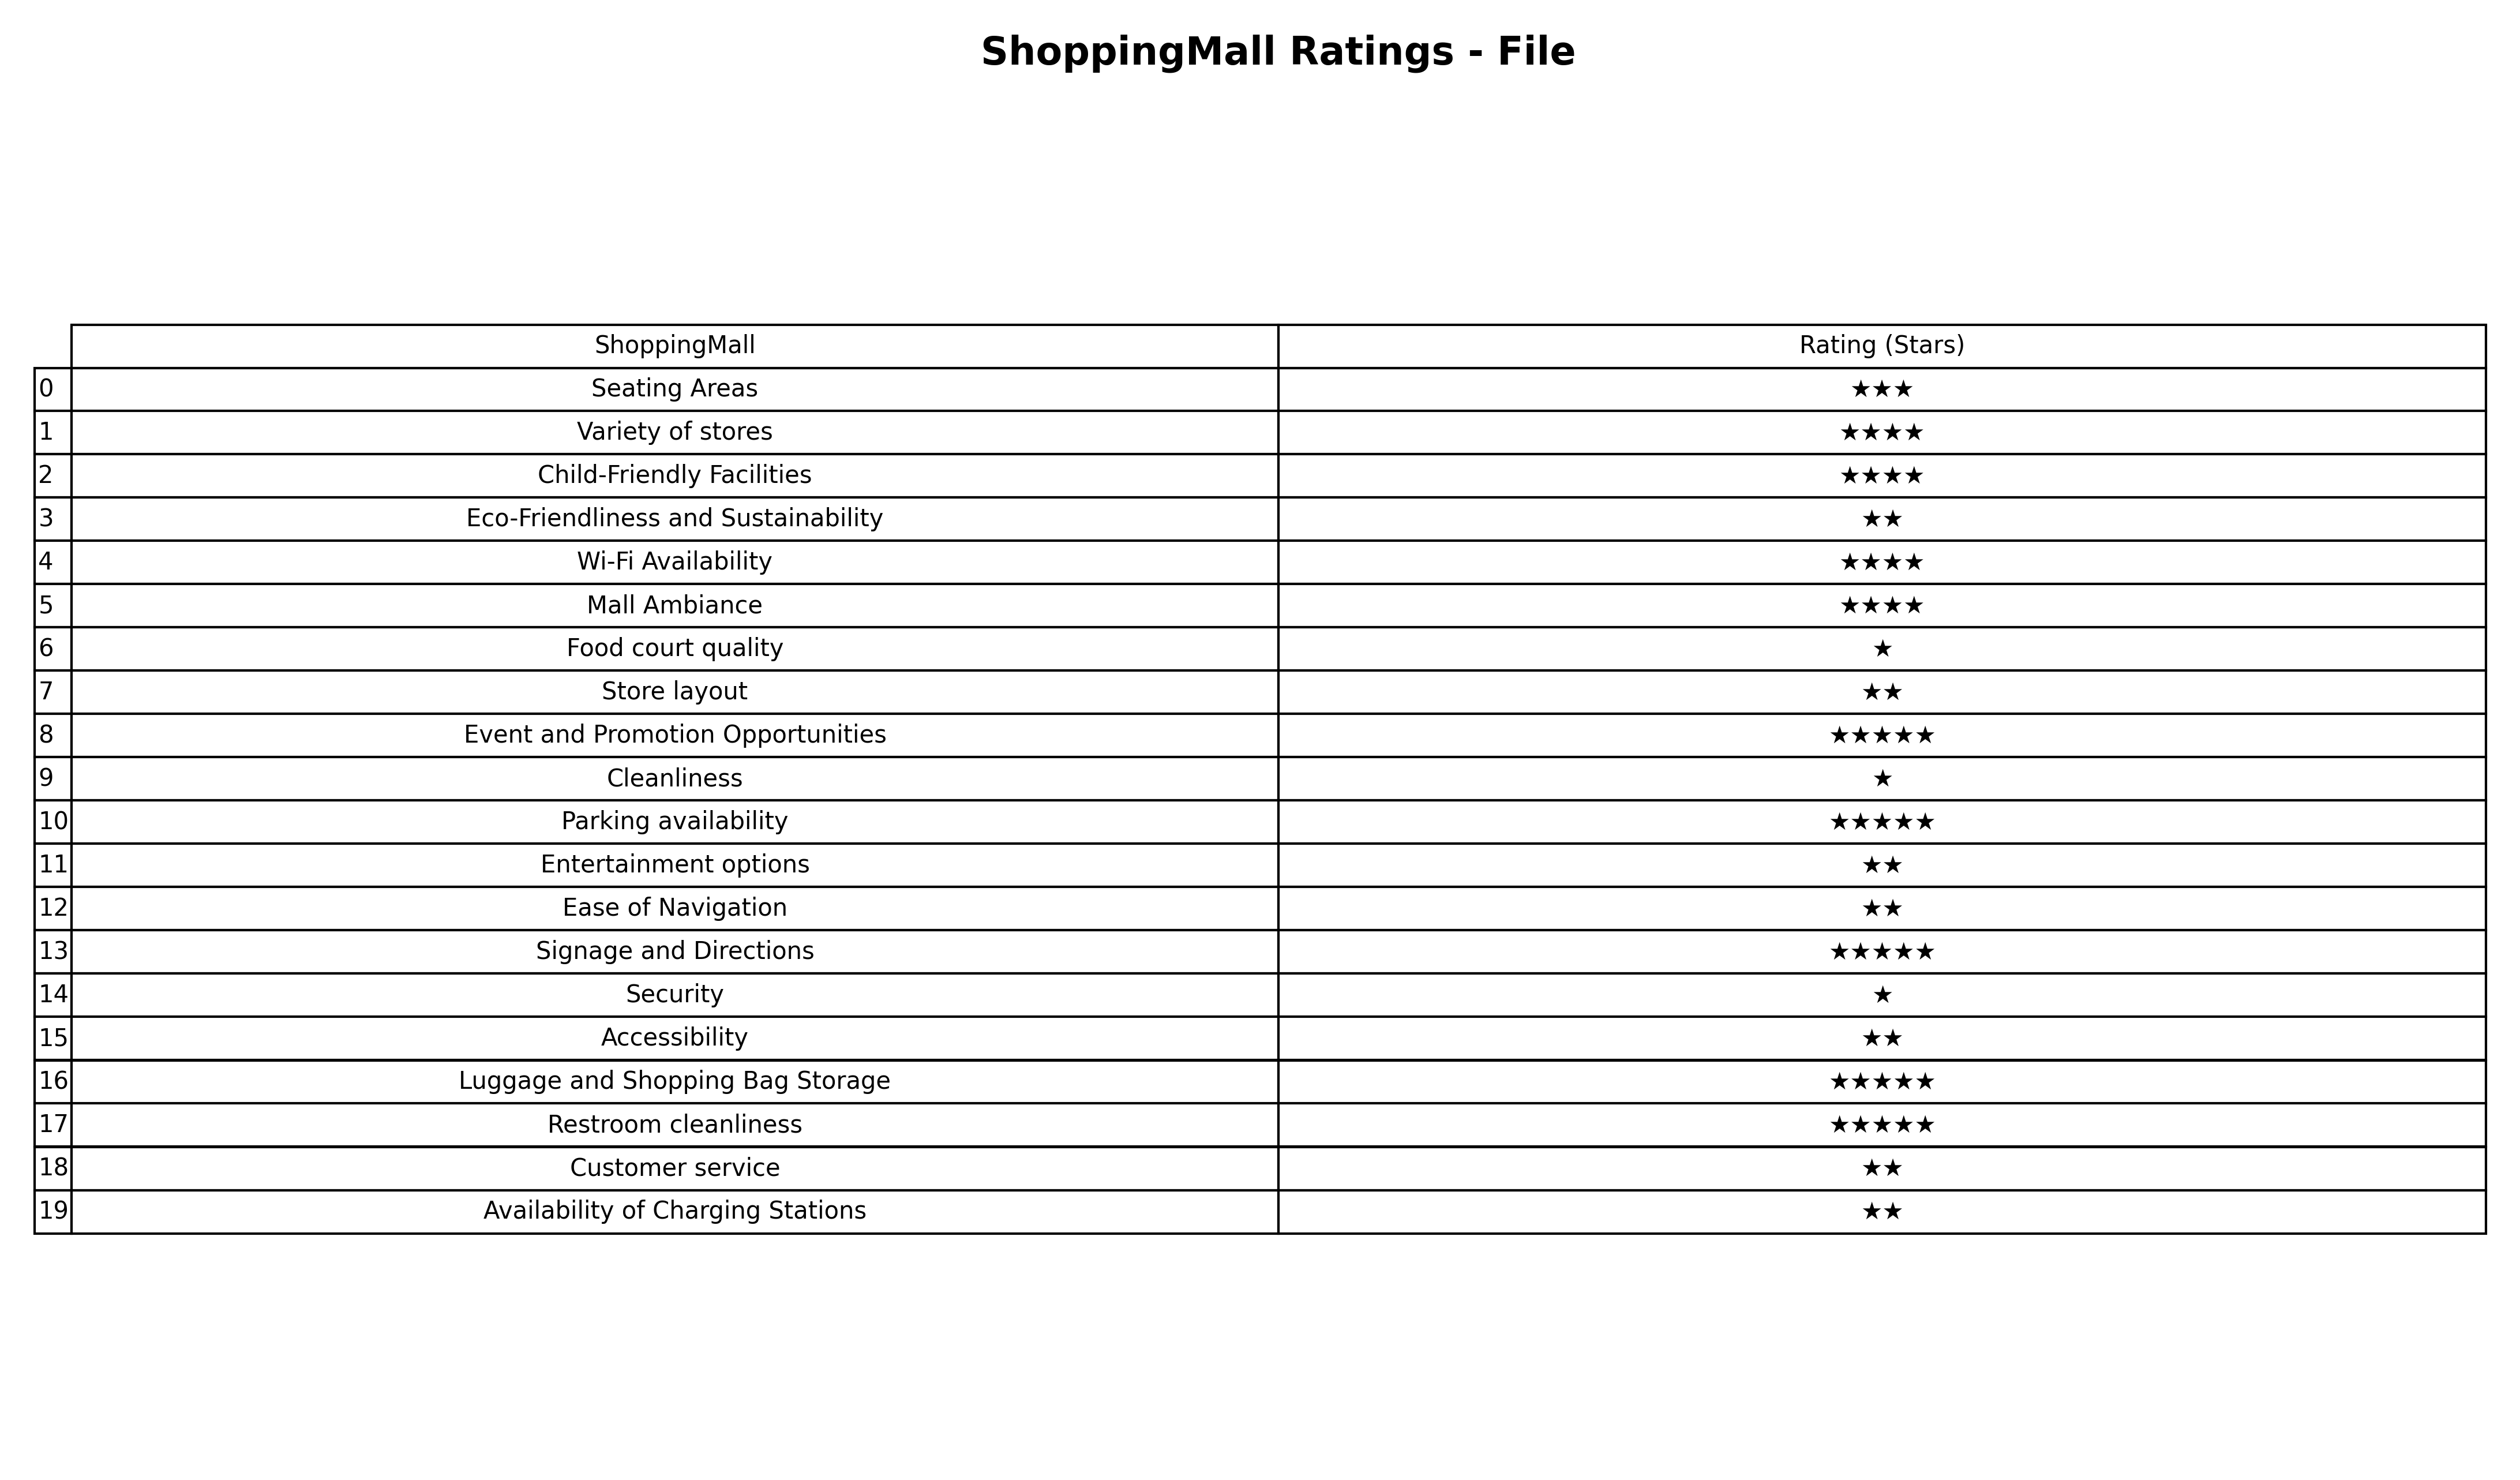
question: What is the rating of Availability of Charging Stations?
answer: ★★